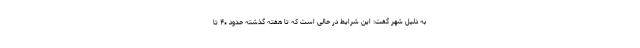
به دلیل شهر گفت: این شرایط در حالی است که تا هفته گذشته حدود ۴۰ تا